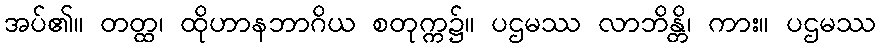
အပ်၏။ တတ္ထ၊ ထိုဟာနဘာဂိယ စတုက္က၌။ ပဌမဿ လာဘိန္တိ၊ ကား။ ပဌမဿ